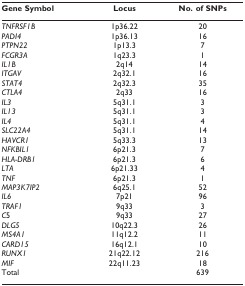
<table><thead><tr><td><b>Gene Symbol</b></td><td><b>Locus</b></td><td><b>No. of SNPs</b></td></tr></thead><tbody><tr><td><i>TNFRSF1B</i></td><td>1p36.22</td><td>20</td></tr><tr><td><i>PADI4</i></td><td>1p36.13</td><td>16</td></tr><tr><td><i>PTPN22</i></td><td>1p13.3</td><td>7</td></tr><tr><td><i>FCGR3A</i></td><td>1q23.3</td><td>1</td></tr><tr><td><i>IL1B</i></td><td>2q14</td><td>14</td></tr><tr><td><i>ITGAV</i></td><td>2q32.1</td><td>16</td></tr><tr><td><i>STAT4</i></td><td>2q32.3</td><td>35</td></tr><tr><td><i>CTLA4</i></td><td>2q33</td><td>16</td></tr><tr><td><i>IL3</i></td><td>5q31.1</td><td>3</td></tr><tr><td><i>IL13</i></td><td>5q31.1</td><td>3</td></tr><tr><td><i>IL4</i></td><td>5q31.1</td><td>4</td></tr><tr><td><i>SLC22A4</i></td><td>5q31.1</td><td>14</td></tr><tr><td><i>HAVCR1</i></td><td>5q33.3</td><td>13</td></tr><tr><td><i>NFKBIL1</i></td><td>6p21.3</td><td>7</td></tr><tr><td><i>HLA-DRB1</i></td><td>6p21.3</td><td>6</td></tr><tr><td><i>LTA</i></td><td>6p21.33</td><td>4</td></tr><tr><td><i>TNF</i></td><td>6p21.3</td><td>1</td></tr><tr><td><i>MAP3K7IP2</i></td><td>6q25.1</td><td>52</td></tr><tr><td><i>IL6</i></td><td>7p21</td><td>96</td></tr><tr><td><i>TRAF1</i></td><td>9q33</td><td>3</td></tr><tr><td><i>C</i>5</td><td>9q33</td><td>27</td></tr><tr><td><i>DLG5</i></td><td>10q22.3</td><td>26</td></tr><tr><td><i>MS4A1</i></td><td>11q12.2</td><td>11</td></tr><tr><td><i>CARD15</i></td><td>16q12.1</td><td>10</td></tr><tr><td><i>RUNX1</i></td><td>21q22.12</td><td>216</td></tr><tr><td><i>MIF</i></td><td>22q11.23</td><td>18</td></tr><tr><td>Total</td><td></td><td>639</td></tr></tbody></table>